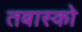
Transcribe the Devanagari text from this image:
तबास्को